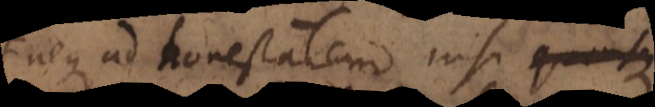
neque ad honestatem nisi suae